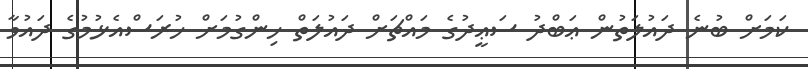
ކަމަށް ބުނެ ދައުލަތުން ޢަބްދު ސަޢީދުގެ މައްޗަށް ދައުލަތް ހިންގުމަށް ހުރަސްއެޅުމުގެ ދައުވާ